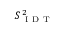
S _ { \mathrm { ~ I ~ D ~ T ~ } } ^ { 2 }